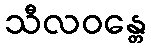
သီလဝန္တေ